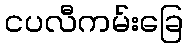
ငပလီကမ်းခြေ